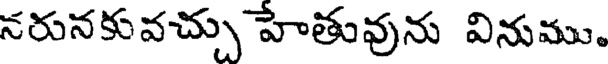
నరునకువచ్చు హేతువును వినుము.